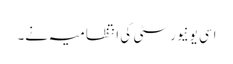
اسی یونیورسٹی کی انتظامیہ نے۔